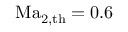
\mathrm { M a } _ { 2 , \mathrm { t h } } = 0 . 6